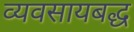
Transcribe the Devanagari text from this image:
व्यवसायबद्ध